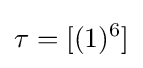
\tau =[(1)^{6}]